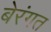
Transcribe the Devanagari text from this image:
बेरंगत